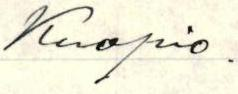
Kuopio.